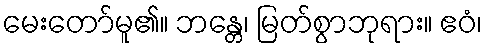
မေးတော်မူ၏။ ဘန္တေ၊ မြတ်စွာဘုရား။ ဧဝံ၊